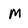
Character: M